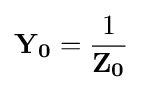
\mathbf {Y_{0}} ={\frac {1}{\mathbf {Z_{0}} }}